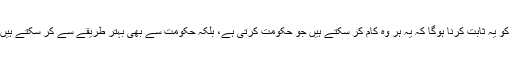
ان کو یہ ثابت کرنا ہوگا کہ یہ ہر وہ کام کر سکتے ہیں جو حکومت کرتی ہے، بلکہ حکومت سے بھی بہتر طریقے سے کر سکتے ہیں‘‘۔